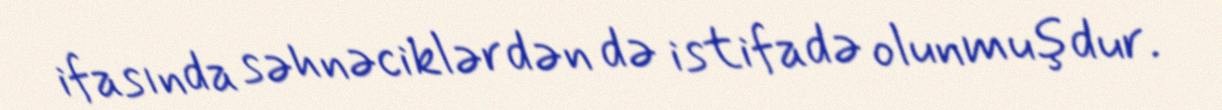
ifasında səhnəciklərdən də istifadə olunmuşdur.